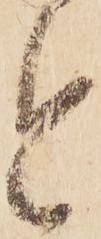
と